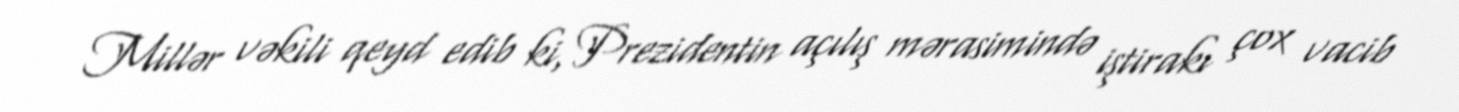
Millər vəkili qeyd edib ki, Prezidentin açılış mərasimində iştirakı çox vacib